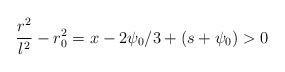
LaTeX: \begin{align*}\frac{r^2}{l^2} - r_0^2 =x-2\psi_0 /3+(s+\psi_0) >0\end{align*}